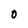
Character: 0